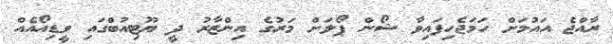
ރާއްޖެ އައުމަށް ހަމަޖެހިފައިވާ ޝޯން ޕޯލަށް މަރުގެ އިންޒާރު ދީ ޔޫޓިއުބްގައި ވީޑިއޯއެއް